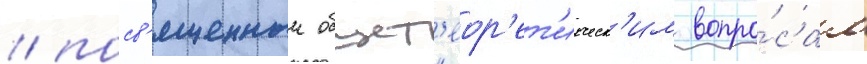
/ посв'ященныи общет'еор'ет'ическ'им вопро́сам